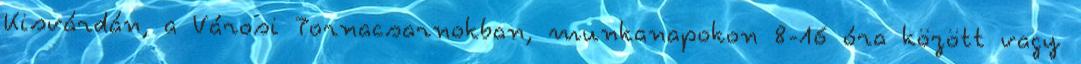
Kisvárdán, a Városi Tornacsarnokban, munkanapokon 8-16 óra között vagy